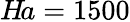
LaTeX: H\! a=1500